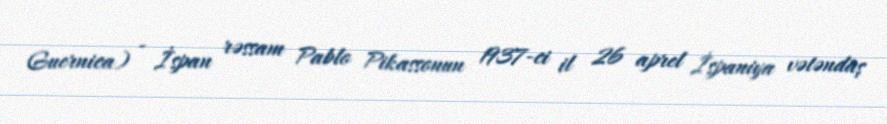
Guernica) - İspan rəssam Pablo Pikassonun 1937-ci il 26 aprel İspaniya vətəndaş